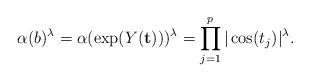
LaTeX: \begin{align*}\alpha (b)^\lambda = \alpha (\exp (Y (\mathbf{t})))^\lambda = \prod_{j = 1}^p |\cos (t_j)|^\lambda.\end{align*}